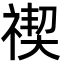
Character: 禊